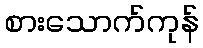
စားသောက်ကုန်